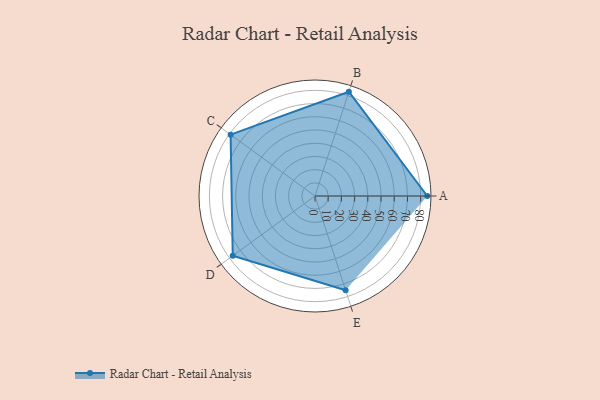
{"axis": {"x": "Skill", "y": "Score"}, "legend": ["Profile"], "data": [{"x": "A", "y": 85.0, "type": "Profile"}, {"x": "B", "y": 83.0, "type": "Profile"}, {"x": "C", "y": 79.0, "type": "Profile"}, {"x": "D", "y": 77.0, "type": "Profile"}, {"x": "E", "y": 75.0, "type": "Profile"}]}